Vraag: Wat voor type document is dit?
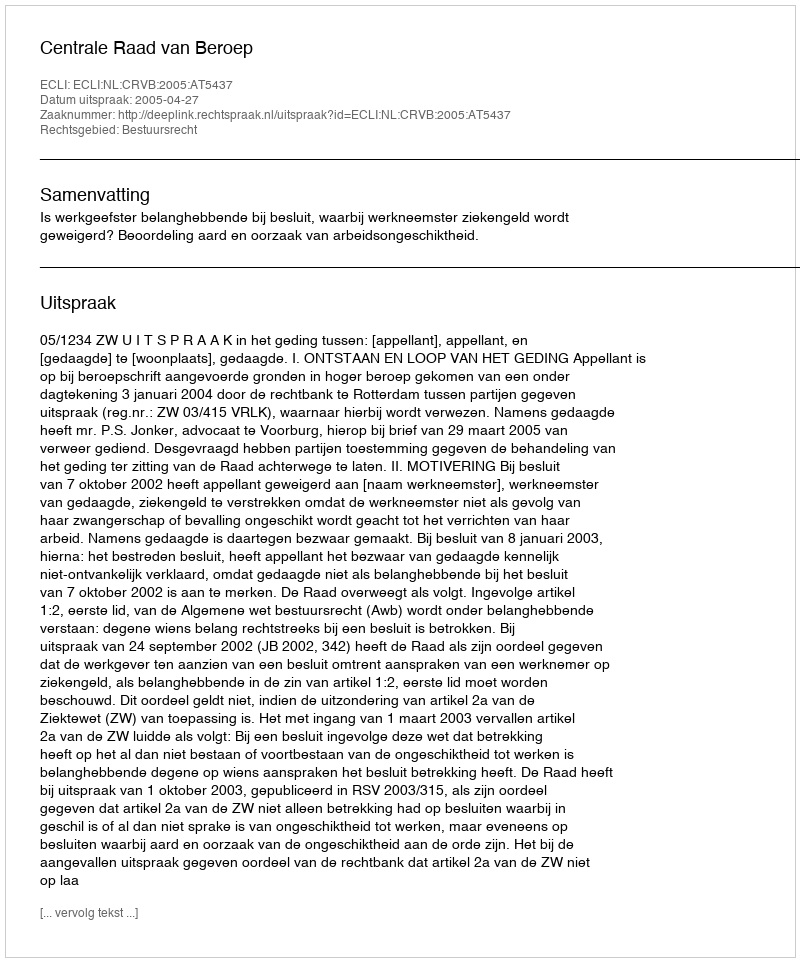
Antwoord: Uitspraak